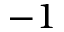
- 1